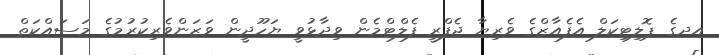
އދގެ ޕޮލިޓިކަލް އެފެއާޒްގެ ވެރިޔާ ޖެފްރީ ފެލްޓްމެން ވިދާޅުވީ ޔަހޫދީން ވަޒަންވެރިކުރުމުގެ މަސައްކަތް